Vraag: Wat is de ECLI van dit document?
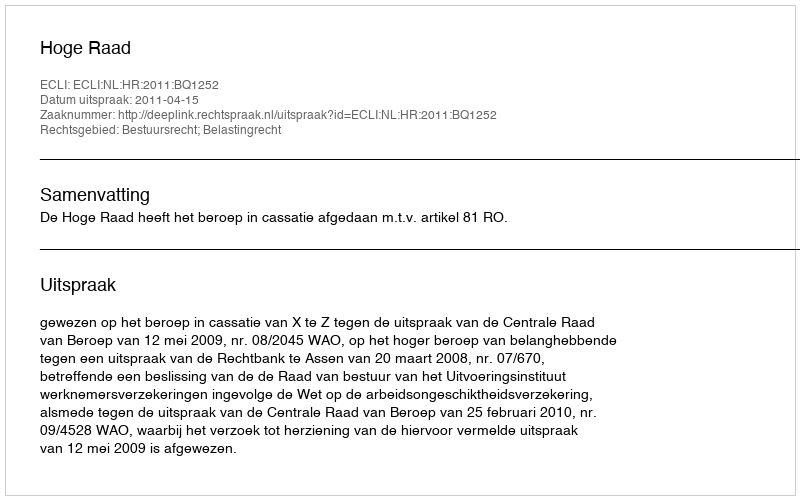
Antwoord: ECLI:NL:HR:2011:BQ1252